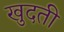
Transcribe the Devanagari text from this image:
खुदती